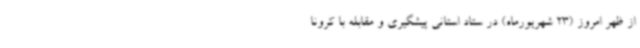
از ظهر امروز (23 شهریورماه) در ستاد استانی پیشگیری و مقابله با کرونا